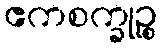
ဧကစက္ခုဉ္စ